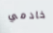
خادمي